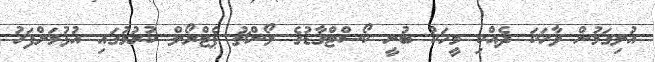
އުލިގަމުން ވާހަކަ ދެއްކި މީހަކު ބުނީ ކޯސްޓްގާޑުގެ ލޯންޗު ޕެޓްރޯލް ކުރުމުގައި އުޅުމަށްފަހު